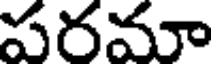
పరమా